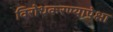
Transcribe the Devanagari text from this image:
विरोधकरण्यापेक्षा